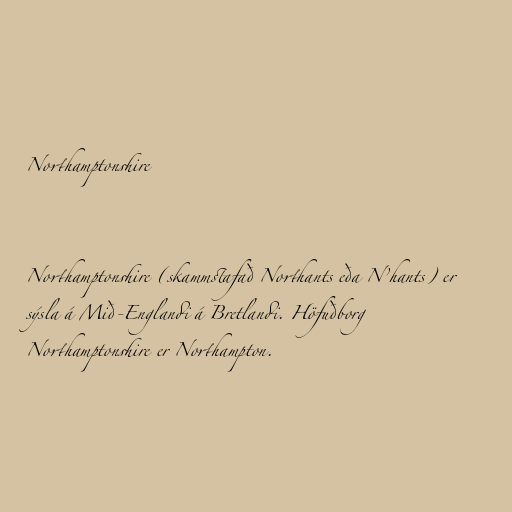
Northamptonshire

Northamptonshire (skammstafað Northants eða N’hants) er
sýsla á Mið-Englandi á Bretlandi. Höfuðborg
Northamptonshire er Northampton.